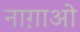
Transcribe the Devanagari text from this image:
नाग़ाओ